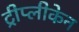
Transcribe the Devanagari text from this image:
ट्रीप्लीकेन